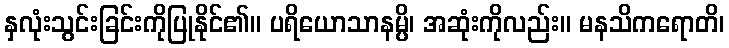
နှလုံးသွင်းခြင်းကိုပြုနိုင်၏။ ပရိယောသာနမ္ပိ၊ အဆုံးကိုလည်း။ မနသိကရောတိ၊